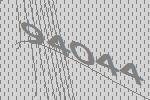
94044